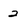
Character: 2